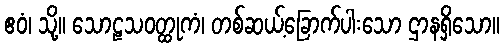
ဧဝံ၊ သို့။ သောဠသဝတ္ထုကံ၊ တစ်ဆယ့်ခြောက်ပါးသော ဌာနရှိသော။